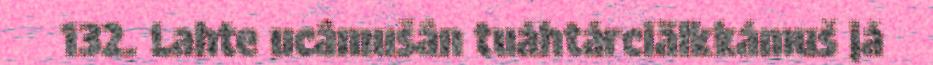
132. Lahte ucâmušân tuáhtárciälkkámuš já